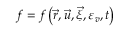
f = f \left( { { \vec { r } } , { \vec { u } } , { \vec { \xi } } , { \varepsilon _ { v } } , t } \right)